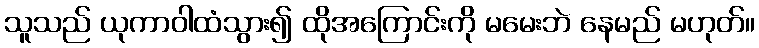
သူသည် ယုကာဝါထံသွား၍ ထိုအကြောင်းကို မမေးဘဲ နေမည် မဟုတ်။